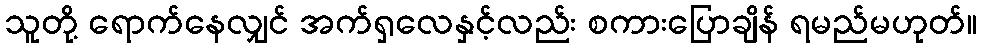
သူတို့ ရောက်နေလျှင် အက်ရှလေနှင့်လည်း စကားပြောချိန် ရမည်မဟုတ်။